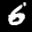
Label: 6